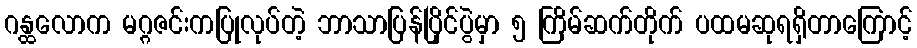
ဂန္ထလောက မဂ္ဂဇင်းကပြုလုပ်တဲ့ ဘာသာပြန်ပြိုင်ပွဲမှာ ၅ ကြိမ်ဆက်တိုက် ပထမဆုရရှိတာကြောင့်